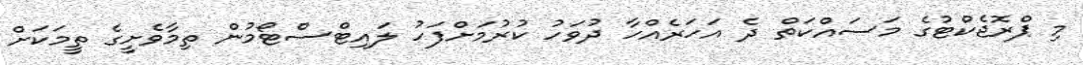
މި ޕްރޮޖެކްޓުގެ މަސައްކަތް ދެ އަހަރެއްހާ ދުވަހު ކުރުމަށްފަހު ލައިޓްސްޓޯމުން ތިމާވެށީގެ ތީމަކަށް